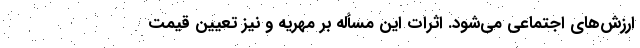
ارزش‌هاي اجتماعي مي‌شود. اثرات این مسأله بر مهریه و نیز تعیین قیمت